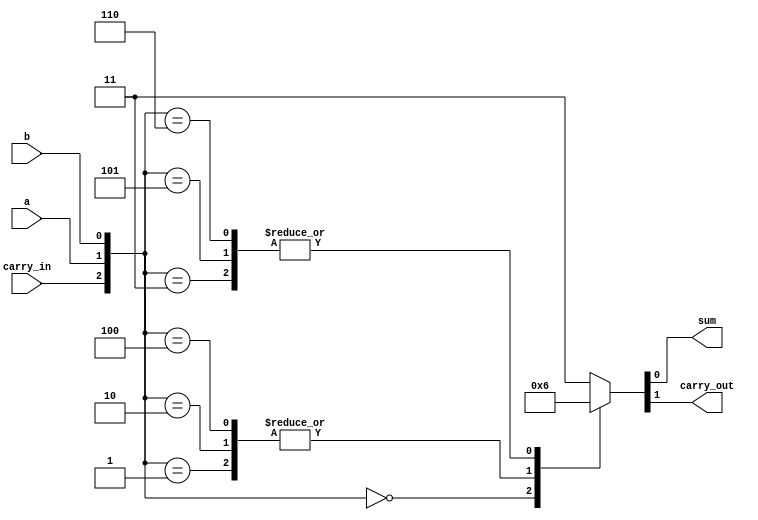
module fulladder_2bit(a, b, carry_in, sum, carry_out);
input a;
input b;
input carry_in;
output sum;
output carry_out;
wire [2:0] d_in;
reg [1:0] d_out;
assign d_in= {carry_in, a, b};
assign carry_out= d_out[1];
assign sum= d_out[0];
always@(d_in)
	case(d_in)
	3'b000 : d_out= 2'b00;
	3'b001 : d_out= 2'b01;
	3'b010 : d_out= 2'b01;
	3'b011 : d_out= 2'b10;
	3'b100 : d_out= 2'b01;
	3'b101 : d_out= 2'b10;
	3'b110 : d_out= 2'b10;
	default: d_out= 2'b11;
	endcase
endmodule
module fulladder_2bit(
    input a,
    input b,
    input cin,
    output s,
    output cout );
    reg s, cout;
    
    always @(a, b, cin)
    begin
        if (a == 0 && b == 0 && cin == 0) begin s = 0; cout = 0; end
        else if (a == 0 && b == 0 && cin == 1) begin s = 1; cout = 0; end
        else if (a == 0 && b == 1 && cin == 0) begin s = 1; cout = 0; end
        else if (a == 0 && b == 1 && cin == 1) begin s = 0; cout = 1; end
        else if (a == 1 && b == 0 && cin == 0) begin s = 1; cout = 0; end
        else if (a == 1 && b == 0 && cin == 1) begin s = 0; cout = 1; end
        else if (a == 1 && b == 1 && cin == 0) begin s = 0; cout = 1; end
        else if (a == 1 && b == 1 && cin == 1) begin s = 1; cout = 1; end
    end
endmodule
module fulladder_4bit(a, b, s, c);
    input [3:0] a;
    input [3:0] b;
    output [3:0] s;
    output c;
    wire [4:0] TmpCarry;
    wire [3:0] TmpSum;
    
    assign TmpCarry[0] = 0;
    fulladder_2bit Bit_one(.a(a[0]), .b(b[0]), .cin(TmpCarry[0]), .s(TmpSum[0]), .cout(TmpCarry[1]));
    fulladder_2bit Bit_two(.a(a[1]), .b(b[1]), .cin(TmpCarry[1]), .s(TmpSum[1]), .cout(TmpCarry[2]));
    fulladder_2bit Bit_three(.a(a[2]), .b(b[2]), .cin(TmpCarry[2]), .s(TmpSum[2]), .cout(TmpCarry[3]));
    fulladder_2bit Bit_four(.a(a[3]), .b(b[3]), .cin(TmpCarry[3]), .s(TmpSum[3]), .cout(TmpCarry[4]));
    
    assign s = TmpSum;
    assign c = TmpCarry[4];

endmodule